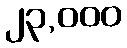
၂၃,၀၀၀